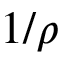
1 / \rho